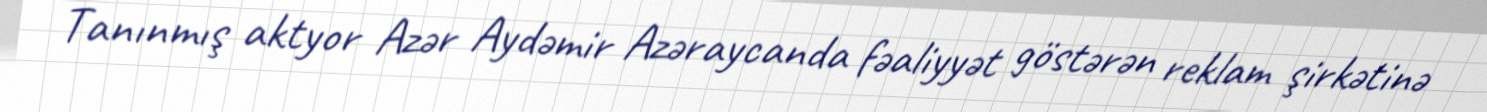
Tanınmış aktyor Azər Aydəmir Azəraycanda fəaliyyət göstərən reklam şirkətinə